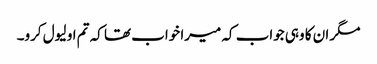
مگر ان کا وہی جواب کہ میرا خواب تھا کہ تم او لیول کرو۔